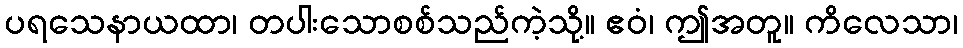
ပရသေနာယထာ၊ တပါးသောစစ်သည်ကဲ့သို့။ ဧဝံ၊ ဤအတူ။ ကိလေသာ၊